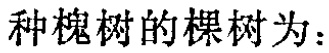
种槐树的棵树为：